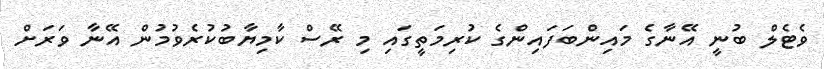
ވެޓެލް ބުނީ އޭނާގެ މައިންބަފައިންގެ ކުރިމަތީގައި މި ރޭސް ކާމިޔާބުކުރެވުމުން އޭނާ ވަރަށް